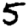
Digit: 5